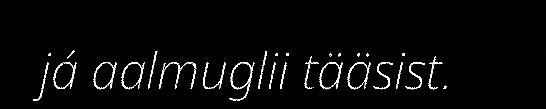
já aalmuglii tääsist.